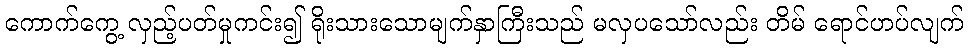
ကောက်ကွေ့ လှည့်ပတ်မှုကင်း၍ ရိုးသားသောမျက်နှာကြီးသည် မလှပသော်လည်း တိမ် ရောင်ဟပ်လျက်